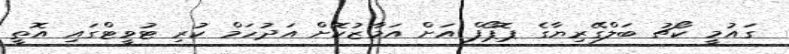
ގައުމީ ކޯޗު ބަލްގޭރިޔާގެ ޕޮޕޯފް އަށް އަމާޒުކޮށް އަދުހަމް ކުރި ޓުވީޓްގައި އޮތީ